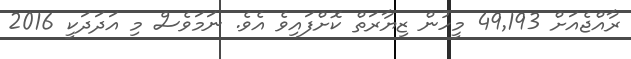
ރާއްޖެއަށް 49